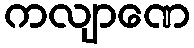
ကလျာဏေ